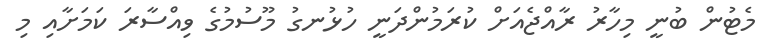
މެޓުން ބުނީ މިހާރު ރާއްޖެއަށް ކުރަމުންދަނީ ހުޅުނގު މޫސުމުގެ ވިއްސާރަ ކަމަށާއި މި